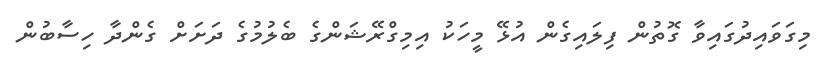
މިގަވައިދުގައިވާ ގޮތުން ފިލައިގެން އުޅޭ މީހަކު އިމިގްރޭޝަންގެ ބެލުމުގެ ދަށަށް ގެންދާ ހިސާބުން